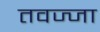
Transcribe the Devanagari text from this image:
तवज्जा